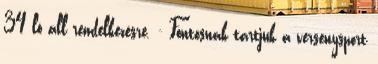
34 ló áll rendelkezésre. - Fontosnak tartjuk a versenysport